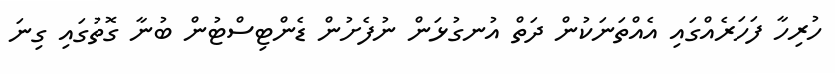
ހުރިހާ ފަހަރެއްގައި އެއްތަނަކުން ދަތް އުނގުޅަން ނުފެށުން ޑެންޓިސްޓުން ބުނާ ގޮތުގައި ގިނަ